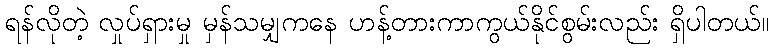
ရန်လိုတဲ့ လှုပ်ရှားမှု မှန်သမျှကနေ ဟန့်တားကာကွယ်နိုင်စွမ်းလည်း ရှိပါတယ်။